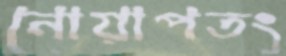
নোয়াপতং